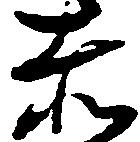
赤